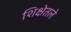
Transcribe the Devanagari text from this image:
शिक्षेतले